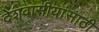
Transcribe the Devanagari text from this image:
देशवासीयांसाठी